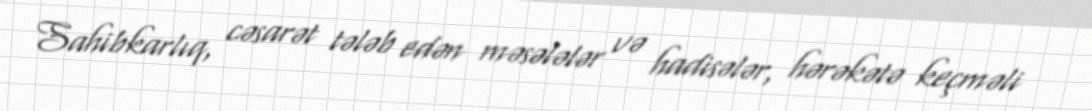
Sahibkarlıq, cəsarət tələb edən məsələlər və hadisələr, hərəkətə keçməli